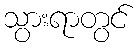
သွားရာတွင်